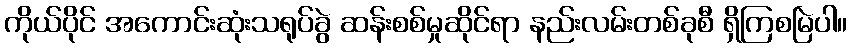
ကိုယ်ပိုင် အကောင်းဆုံးသရုပ်ခွဲ ဆန်းစစ်မှုဆိုင်ရာ နည်းလမ်းတစ်ခုစီ ရှိကြစမြဲပါ။